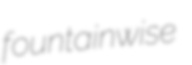
fountainwise